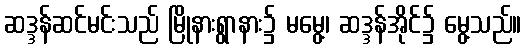
ဆဒ္ဒန်ဆင်မင်းသည် မြိုနားရွာနား၌ မမွေ့၊ ဆဒ္ဒန်အိုင်၌ မွေ့သည်။